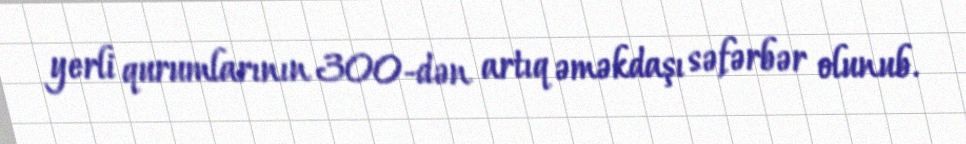
yerli qurumlarının 300-dən artıq əməkdaşı səfərbər olunub.